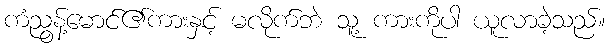
ကံညွန့်မောင်၏ကားနှင့် မလိုက်ဘဲ သူ့ ကားကိုပါ ယူလာခဲ့သည်။